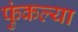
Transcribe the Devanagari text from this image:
फुंकल्या